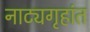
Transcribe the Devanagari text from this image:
नाट्यगृहांत